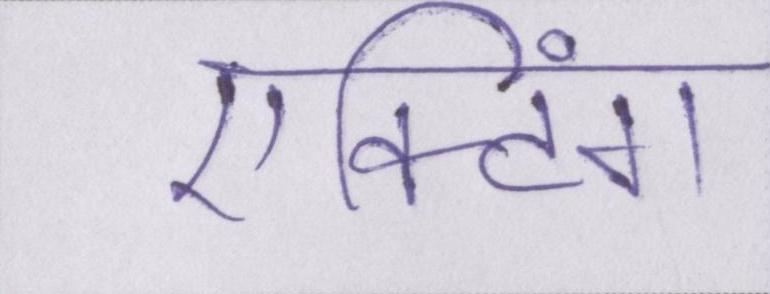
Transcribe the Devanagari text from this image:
एक्टिंग